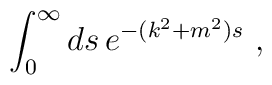
\int_0^\infty ds\, e^{-(k^2 + m^2)s}\ ,